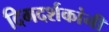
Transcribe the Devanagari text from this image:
दिगदर्शकांनी